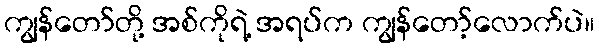
ကျွန်တော်တို့ အစ်ကိုရဲ့ အရပ်က ကျွန်တော့်လောက်ပဲ။